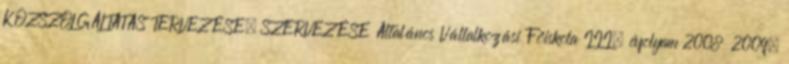
KÖZSZOLGÁLTATÁS TERVEZÉSE, SZERVEZÉSE Általános Vállalkozási Főiskola III. évfolyam 2008 2009.